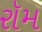
રૉમ